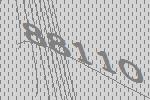
88110